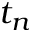
t _ { n }